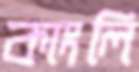
কাংলি